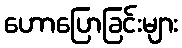
ဟောပြောခြင်းများ